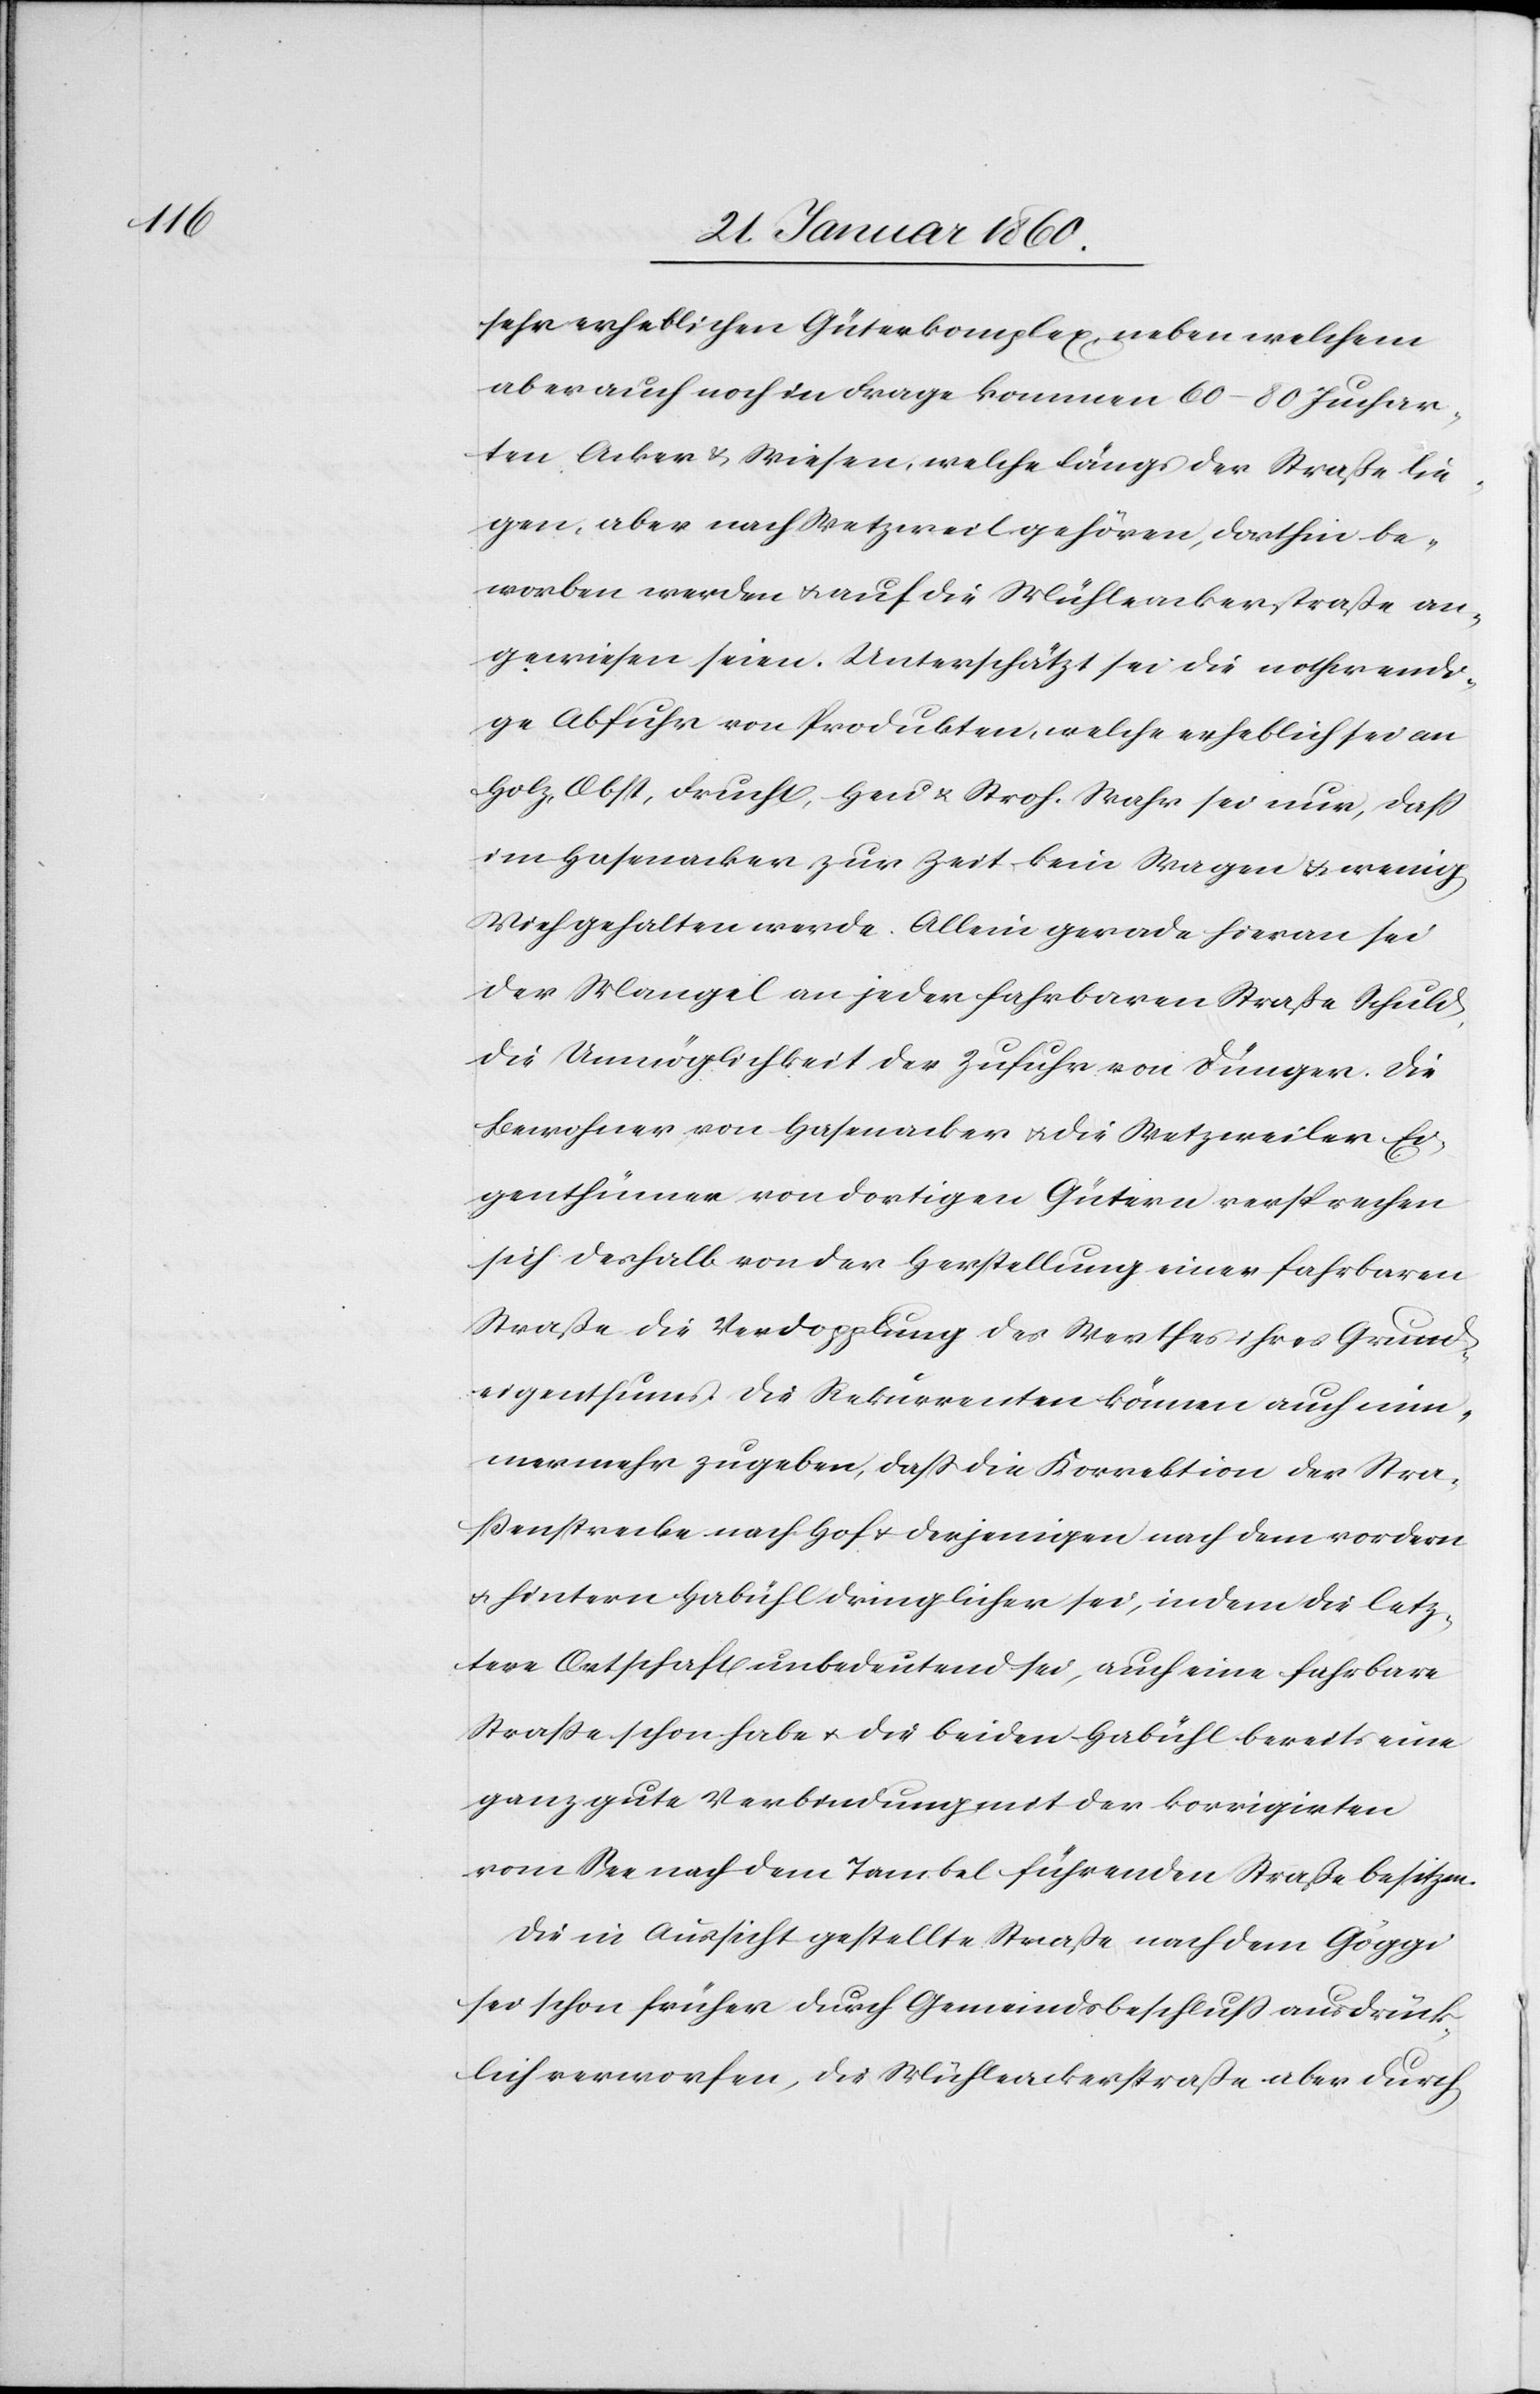
sehr erheblichen Güterkomplex, neben welchem
aber auch noch in Frage kommen 60–80 Juchar¬
ten Acker u. Wiesen, welche längs der Strasse lie¬
gen, aber nach Wetzweil gehören, dorthin be¬
worben werden u. auf die Mühleackerstrasse an¬
gewiesen seien. Unterschätzt sei die nothwendi¬
ge Abfuhr von Produkten, welche erheblich sei an
Holz, Obst, Frucht, Heu u. Stroh. Wahr sei nur, dass
im Hasenacker zur Zeit kein Wagen u. wenig
Vieh gehalten werde. Allein gerade hieran sei
der Mangel an jeder fahrbaren Straße Schuld,
die Unmöglichkeit der Zufuhr von Dünger. Die
Bewohner von Hasenacker u. die Wetzweiler Ei¬
genthümer von dortigen Gütern versprechen
sich deshalb von der Herstellung einer fahrbaren
Straße die Verdopplung des Werthes ihres Grund¬
eingenthums. Die Rekurrenten können auch im¬
mer mehr zugeben, dass die Korrektion der Stra¬
ssenstrecke nach Hof u. derjenigen nach dem vordern
u. hintern Habühl dringlicher sei, indem die letz¬
tere Ortschaft unbedeutend sei, auch eine fahrbare
Strasse schon habe u. die beiden Habühl bereits eine
ganz gute Verbindung mit der korrigirten
vom See nach dem Tanibel führenden Strasse besitzen.
Die in Aussicht gestellte Strasse nach dem Göggi
sei schon früher durch Gemeindsbeschluss ausdrück¬
lich verworfen, die Mühleackerstrasse aber durch